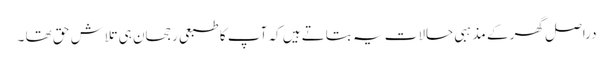
دراصل گھر کے مذہبی حالات یہ بتاتے ہیں کہ آپ کا طبعی رجحان ہی تلاشِ حق تھا ۔